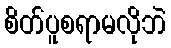
စိတ်ပူစရာမလိုဘဲ